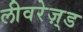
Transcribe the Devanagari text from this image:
लीवरेज़्ड